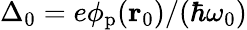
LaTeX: \Delta_{0}=e\phi_{\mathrm{p}}(\mathbf{r}_{0})/(\hbar\omega_{0})